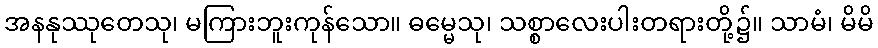
အနနုဿုတေသု၊ မကြားဘူးကုန်သော။ ဓမ္မေသု၊ သစ္စာလေးပါးတရားတို့၌။ သာမံ၊ မိမိ